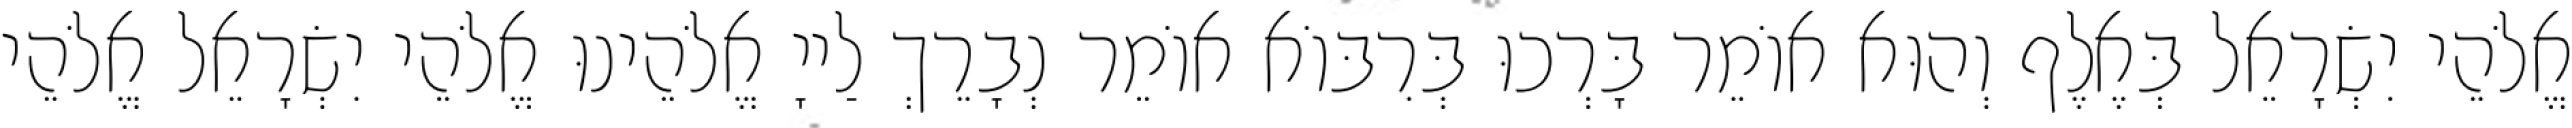
אֱלֹהֵי יִשְׂרָאֵל בְּאֶלֶף וְהוּא אוֹמֵר בָּרְכוּ בְּרִבּוֹא אוֹמֵר נְבָרֵךְ לַייָ אֱלֹהֵינוּ אֱלֹהֵי יִשְׂרָאֵל אֱלֹהֵי